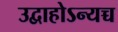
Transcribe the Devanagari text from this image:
उद्वाहोऽन्यच्च